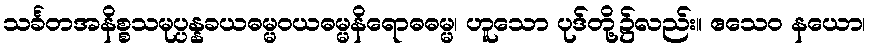
သင်္ခတအနိစ္စသမုပ္ပန္နခယဓမ္မဝယဓမ္မနိရောဓဓမ္မ၊ ဟူသော ပုဒ်တို့၌လည်း။ ဧသေဝ နယော၊